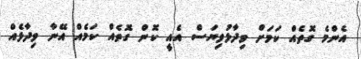
އެންމެ ގޮތެއް ކަަަމަށް ވިދާޅުވިޔަސް އެއީ ކޮން ގޮތެއް ކަމެއް އޭނާ ވިދާޅެެއް